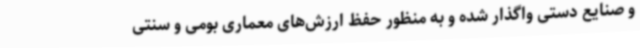
و صنایع دستی واگذار شده و به منظور حفظ ارزش‌های معماری بومی و سنتی